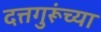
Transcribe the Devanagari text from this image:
दत्तगुरूंच्या